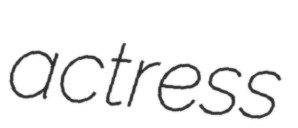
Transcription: actress